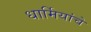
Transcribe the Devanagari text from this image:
धार्मियांचे